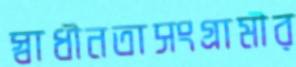
স্বাধীনতাসংগ্রামীর